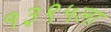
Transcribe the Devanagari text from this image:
१३९५ला